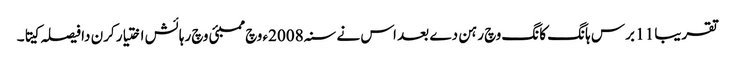
تقریبا 11 برس ہانگ کانگ وچ رہن دے بعد اس نے سنہ 2008ء وچ ممبئی وچ رہائش اختیار کرن دا فیصلہ کیتا۔